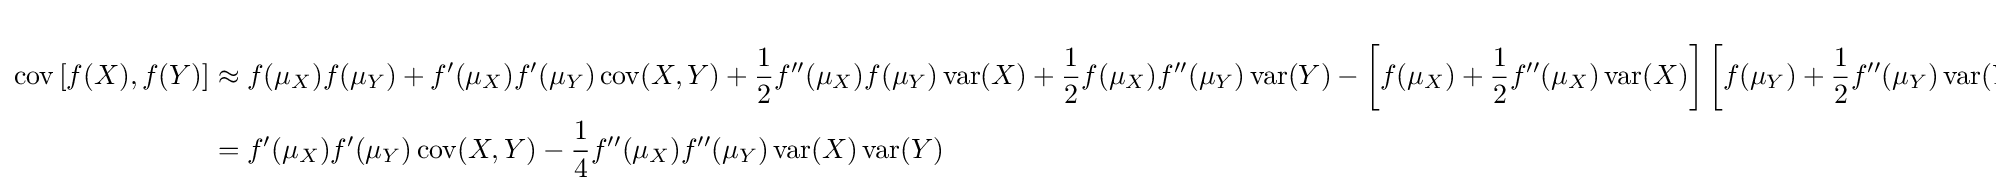
{\begin{aligned}\operatorname {cov} \left[f(X),f(Y)\right]&{}\approx f(\mu _{X})f(\mu _{Y})+f'(\mu _{X})f'(\mu _{Y})\operatorname {cov} (X,Y)+{\frac {1}{2}}f''(\mu _{X})f(\mu _{Y})\operatorname {var} (X)+{\frac {1}{2}}f(\mu _{X})f''(\mu _{Y})\operatorname {var} (Y)-\left[f(\mu _{X})+{\frac {1}{2}}f''(\mu _{X})\operatorname {var} (X)\right]\left[f(\mu _{Y})+{\frac {1}{2}}f''(\mu _{Y})\operatorname {var} (Y)\right]\\&{}=f'(\mu _{X})f'(\mu _{Y})\operatorname {cov} (X,Y)-{\frac {1}{4}}f''(\mu _{X})f''(\mu _{Y})\operatorname {var} (X)\operatorname {var} (Y)\end{aligned}}